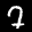
Label: 7